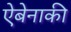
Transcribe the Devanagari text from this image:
ऐबेनाकी